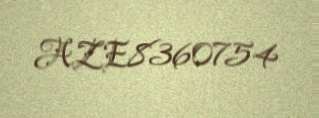
AZE8360754